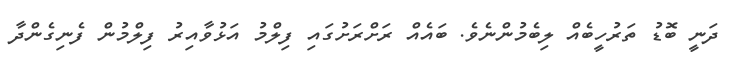
ދަނީ ބޮޑު ތަރުހީބެއް ލިބެމުންނެވެ. ބައެއް ރަށްރަށުގައި ފިލްމު އަޅުވާއިރު ފިލްމުން ފެނިގެންދާ